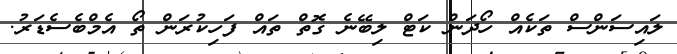
ލައިސަންސް ތަކެއް ހޯދަން ކަޓް ލިބޭނެ ގޮތް ތައް ފަހިކުރަން ތޯ އެމްބެސެޑަރު.